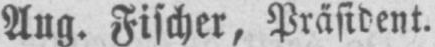
Aug. Fischer, Präsident.